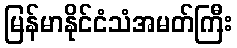
မြန်မာနိုင်ငံသံအမတ်ကြီး